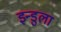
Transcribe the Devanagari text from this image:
इन्डुला